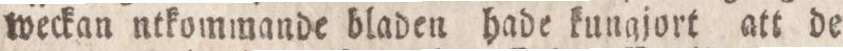
weckan ntkommande bladen hade kungjort att de